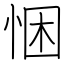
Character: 悃